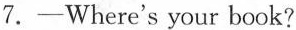
7.—Where's your book?